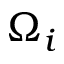
\Omega _ { i }